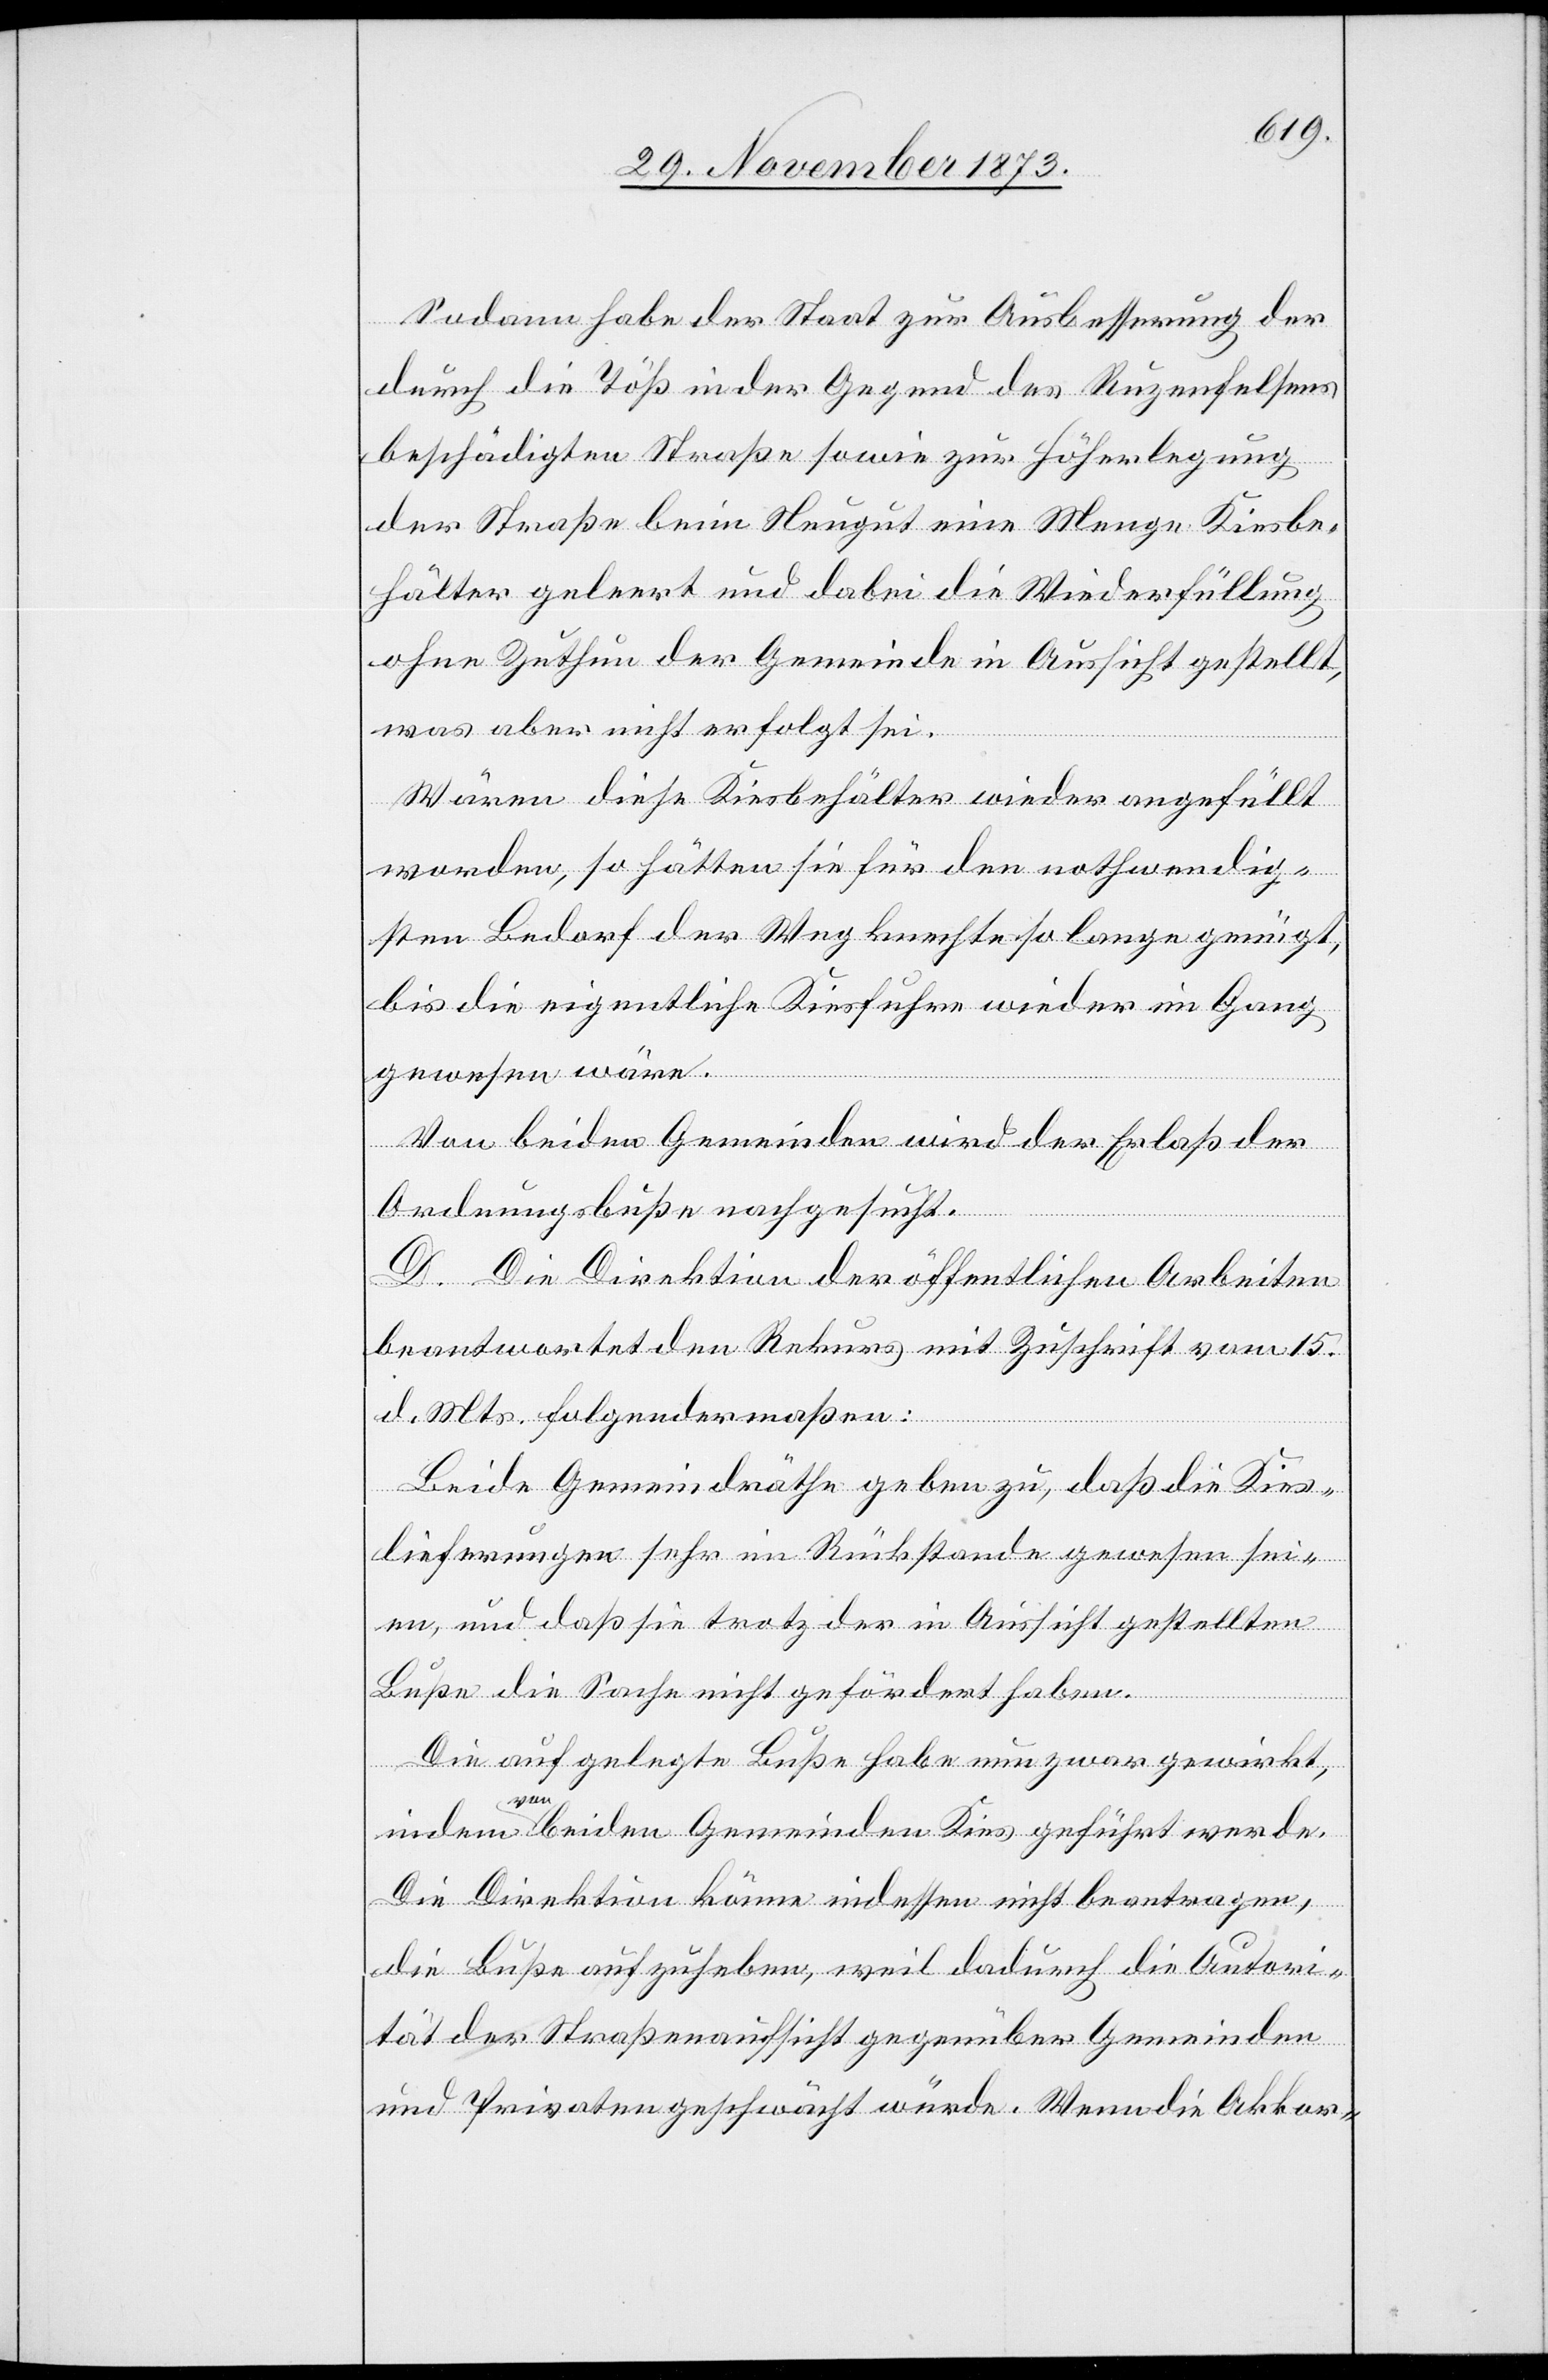
Sodann habe der Staat zur Ausbesserung der
durch die Töß in der Gegend des Ruzenfelsens
beschädigten Straße sowie zur Höherlegung
der Straße beim Neugut eine Menge Kiesbe¬
hälter geleert und dabei die Wiederfüllung
ohne Zuthun der Gemeinde in Aussicht gestellt,
was aber nicht erfolgt sei.
Wären diese Kiesbehälter wieder angefüllt
worden, so hätten sie für den nothwendig¬
sten Bedarf der Wegknechte so lange genügt,
bis die eigentliche Kiesfuhre wieder im Gang
gewesen wäre.
Von beiden Gemeinden wird der Erlaß der
Ordnungsbuße nachgesucht.
D. Die Direktion der öffentlichen Arbeiten
beantwortet den Rekurs mit Zuschrift vom 15.
d. Mts. folgendermaßen:
Beide Gemeindräthe geben zu, daß die Kies¬
lieferungen sehr im Rückstande gewesen sei¬
en, und daß sie trotz der in Aussicht gestellten
Buße die Sache nicht gefördert haben.
Die aufgelegte Buße habe nun zwar gewirkt,
indem von beiden Gemeinden Kies geführt werde.
Die Direktion könne indessen nicht beantragen,
die Buße aufzuheben, weil dadurch die Autori¬
tät der Straßenaufsicht gegenüber Gemeinden
und Privaten geschwächt würde. Wenn die Akkor-